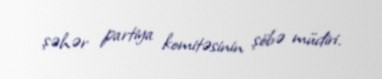
şəhər partiya komitəsinin şöbə müdiri.